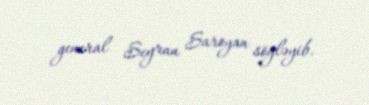
general Seyran Saroyan söyləyib.